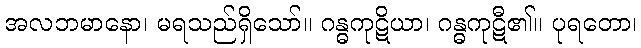
အလဘမာနော၊ မရသည်ရှိသော်။ ဂန္ဓကုဋိယာ၊ ဂန္ဓကုဋီ၏။ ပုရတော၊